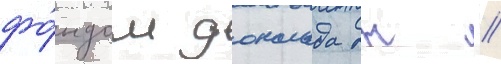
фо́ндом дональда дж //